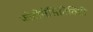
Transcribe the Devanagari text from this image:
फोटोसेंसिटिविटी